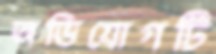
অভিযোগটি